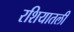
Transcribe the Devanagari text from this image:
रशियातली